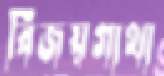
বিজয়গাথা